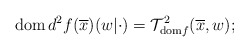
\begin{align*} {\rm dom}\,d^2f(\overline{x})(w|\cdot)=\mathcal{T}^2_{{\rm dom}f}(\overline{x},w);\end{align*}